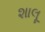
શાલૂ